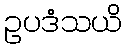
ဥပဒံသယိ